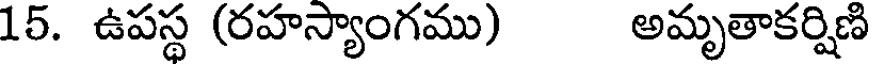
15. ఉపస్థ (రహస్యాంగము) అమృతాకర్షిణి